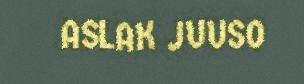
ASLAK JUUSO